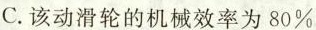
C.该动滑轮的机械效率为80%